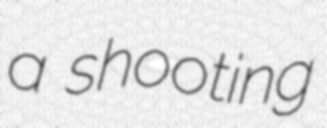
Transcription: a shooting